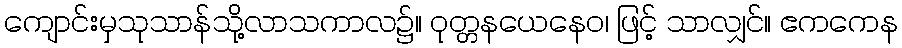
ကျောင်းမှသုသာန်သို့လာသကာလ၌။ ဝုတ္တနယေနေဝ၊ ဖြင့် သာလျှင်။ ဧကကေန